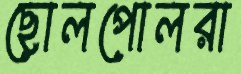
ছোলপোলরা